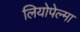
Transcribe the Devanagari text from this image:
लियोपेल्मा